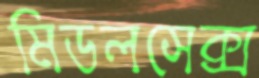
মিডলসেক্স